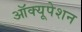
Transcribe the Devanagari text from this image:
ऑक्यूपेशन